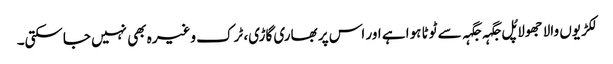
لکڑیوں والا جھولا پُل جگہہ جگہہ سے ٹوٹا ہوا ہے اور اس پر بھاری گاڑی، ٹرک وغیرہ بھی نہیں جاسکتی۔